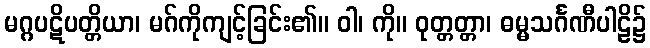
မဂ္ဂပဋိပတ္တိယာ၊ မဂ်ကိုကျင့်ခြင်း၏။ ဝါ၊ ကို။ ဝုတ္တတ္တာ၊ ဓမ္မသင်္ဂဏီပါဠိ၌